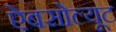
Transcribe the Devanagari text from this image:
ऐबसोल्यूट